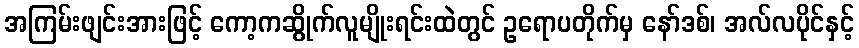
အကြမ်းဖျင်းအားဖြင့် ကော့ကဆွိုက်လူမျိုးရင်းထဲတွင် ဥရောပတိုက်မှ နော်ဒစ်၊ အလ်လပိုင်နှင့်